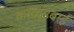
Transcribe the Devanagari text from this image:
काळुउबाई